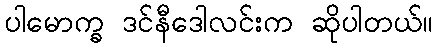
ပါမောက္ခ ဒင်နီဒေါလင်းက ဆိုပါတယ်။